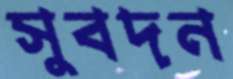
সুবদন